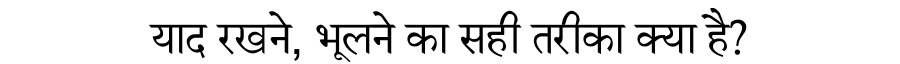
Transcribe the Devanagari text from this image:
याद रखने, भूलने का सही तरीका क्या है?